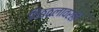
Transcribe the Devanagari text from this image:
विठ्ठलावरही